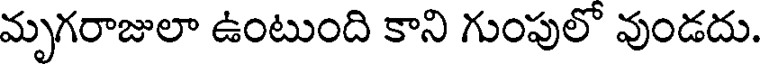
మృగరాజులా ఉంటుంది కాని గుంపులో వుండదు.